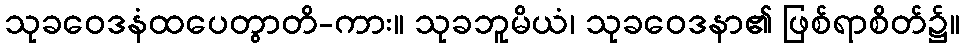
သုခဝေဒနံထပေတွာတိ-ကား။ သုခဘူမိယံ၊ သုခဝေဒနာ၏ ဖြစ်ရာစိတ်၌။